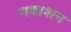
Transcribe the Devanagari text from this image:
गवाशन